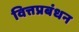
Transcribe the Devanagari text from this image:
वित्तप्रबंधन